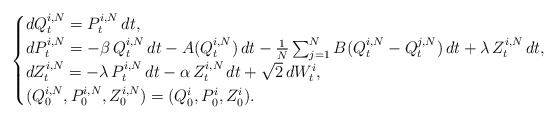
\begin{align*}\begin{cases}dQ^{i,N}_t=P^{i,N}_t\,dt,\\dP^{i,N}_t=- \beta\, Q^{i,N}_t\,dt-A(Q^{i,N}_t)\,dt-\frac{1}{N}\sum_{j=1}^N B(Q^{i,N}_t-Q^{j,N}_t)\,dt+\lambda\,Z^{i,N}_t\,dt,\\dZ^{i,N}_t=-\lambda\,P^{i,N}_t\,dt-\alpha\, Z^{i,N}_t\,dt+\sqrt{2}\,dW^{i}_t,\\(Q^{i,N}_0,P^{i,N}_0,Z^{i,N}_0)=(Q^{i}_0,P^{i}_0,Z^{i}_0).\end{cases}\end{align*}